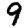
Digit: 9